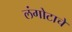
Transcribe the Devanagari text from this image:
लंगोटाचे